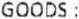
GOODS :